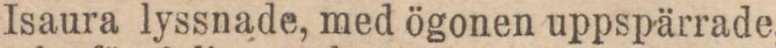
Isaura lyssnade, med ögonen uppspärrade,